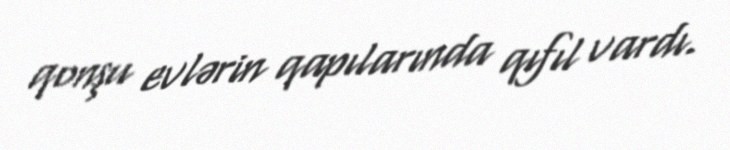
qonşu evlərin qapılarında qıfıl vardı.